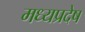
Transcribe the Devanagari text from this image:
मध्यप्रदेष